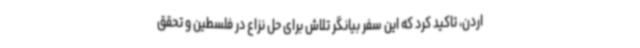
اردن، تاکید کرد که این سفر بیانگر تلاش برای حل نزاع در فلسطین و تحقق